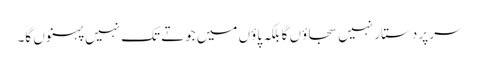
سر پر دستار نہیں سجاؤں گا بلکہ پاؤں میں جوتے تک نہیں پہنوں گا۔